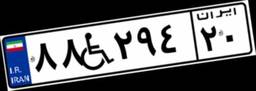
۸۸W۲۹۴۲۰